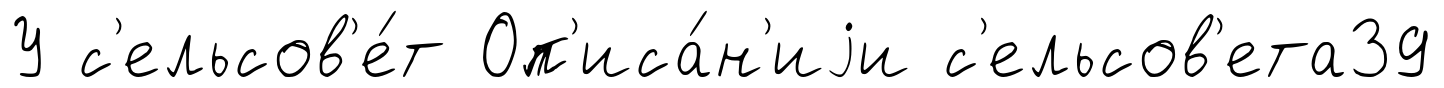
У с'ельсов'е́т Оп'иса́н'иjи с'ельсов'ета39